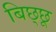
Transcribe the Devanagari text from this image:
बिछ्छू